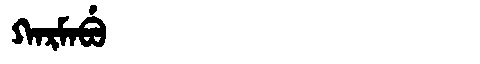
Manchu: ᡴᠠᡵᠮᠠᠪᡠ
Romanization: KARMABU